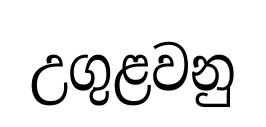
උගුළවනු